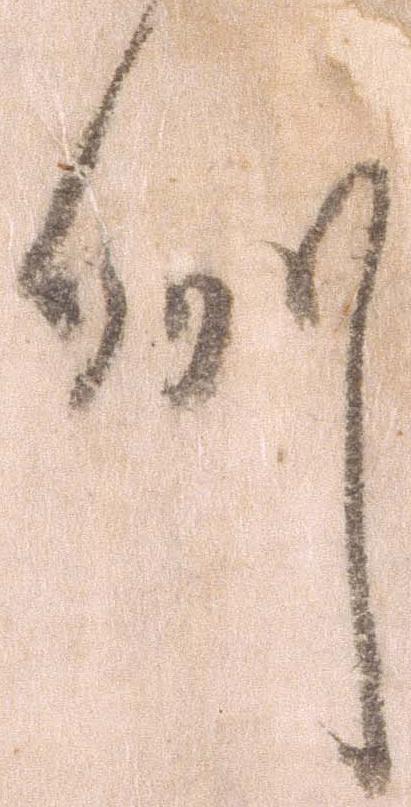
州